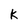
Character: k